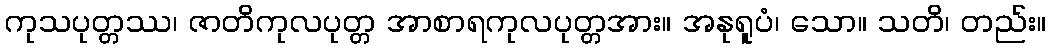
ကုသပုတ္တဿ၊ ဇာတိကုလပုတ္တ အာစာရကုလပုတ္တအား။ အနုရူပံ၊ သော။ သတိ၊ တည်း။